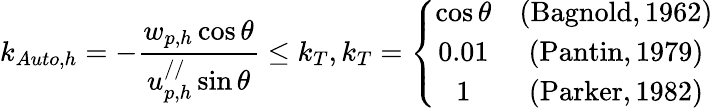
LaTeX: k_{Auto,h}=-\frac{w_{p,h}\cos\theta}{u_{p,h}^{//}\sin\theta}\leq k_{T},k_{T}=\left\{ \begin{array}{cc}{\cos\theta}&{\mathrm{(Bagnold,1962)}}\\ {0.01}&{\mathrm{(Pantin,1979)}}\\ {1}&{\mathrm{(Parker,1982)}}\end{array}\right.